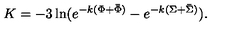
K = - 3 \ln ( e ^ { - k ( \Phi + \bar { \Phi } ) } - e ^ { - k ( \Sigma + \bar { \Sigma } ) } ) .